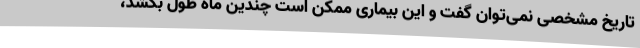
تاریخ مشخصی نمی‌توان گفت و این بیماری ممکن است چندین ماه طول بکشد،